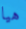
هيا